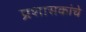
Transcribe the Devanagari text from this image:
प्रशासकांचे